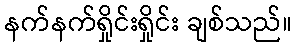
နက်နက်ရှိုင်းရှိုင်း ချစ်သည်။